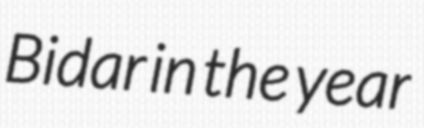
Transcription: Bidar in the year